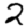
Digit: 2